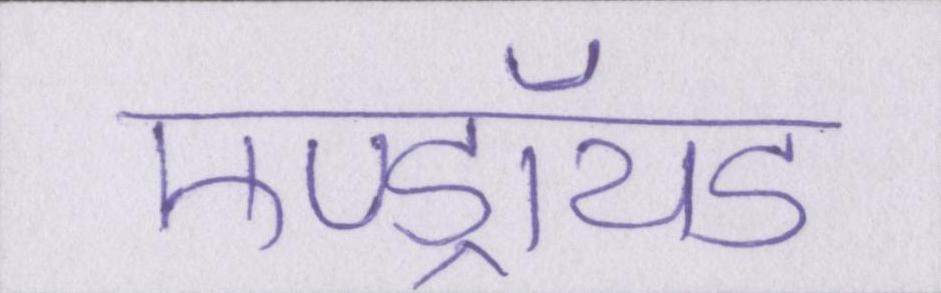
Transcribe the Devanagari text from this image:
एण्ड्रॉयड